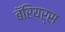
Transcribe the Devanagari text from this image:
बॅरियर्स